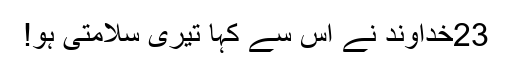
23خُداوند نے اُس سے کہا تیری سلامتی ہو!